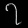
Digit: ၇